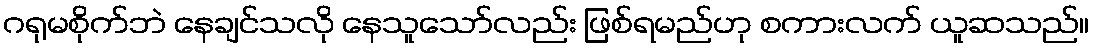
ဂရုမစိုက်ဘဲ နေချင်သလို နေသူသော်လည်း ဖြစ်ရမည်ဟု စကားလက် ယူဆသည်။